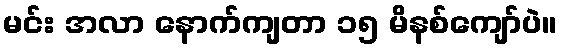
မင်း အလာ နောက်ကျတာ ၁၅ မိနစ်ကျော်ပဲ။